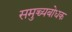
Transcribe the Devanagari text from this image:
समुच्च्यबोधक